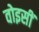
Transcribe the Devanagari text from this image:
वोइसीं